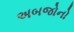
અબજોનો